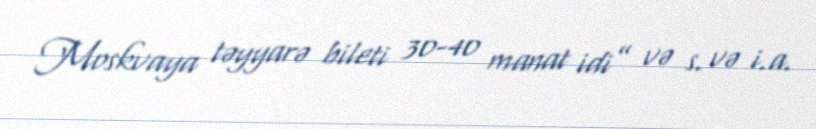
Moskvaya təyyarə bileti 30-40 manat idi” və s. və i.a.